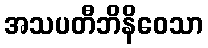
အသပတီဘိနိဝေသာ